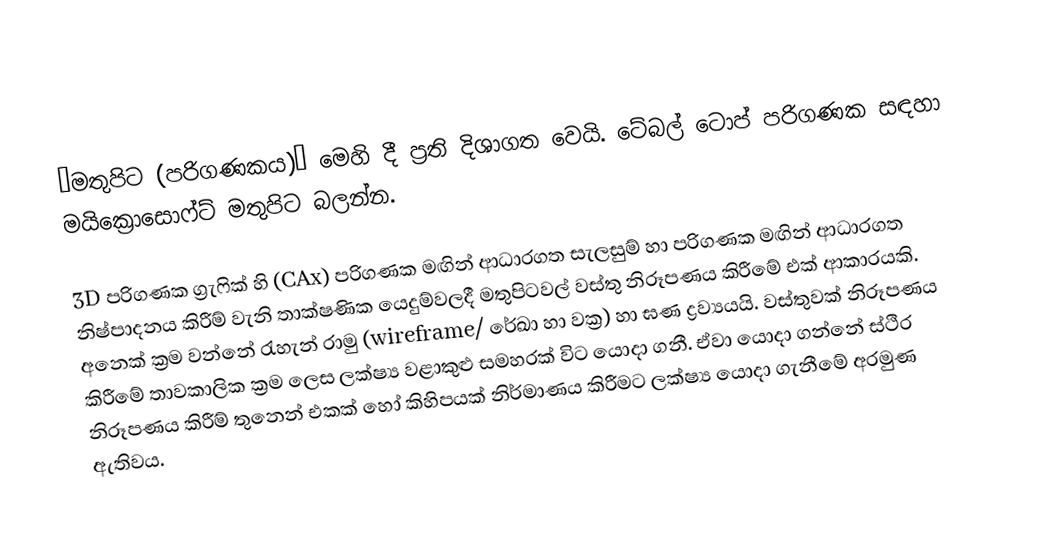
“මතුපිට (පරිගණකය)” මෙහි දී ප්‍රති දිශාගත වෙයි. ටේබල් ටොප් පරිගණක සඳහා මයික්‍රොසොෆ්ට් මතුපිට බලන්න.

3D පරිගණක ග්‍රැෆික් හි (CAx) පරිගණක මඟින් ආධාරගත සැලසුම් හා පරිගණක මඟින් ආධාරගත නිෂ්පාදනය කිරීම් වැනි තාක්ෂණික යෙදුම්වලදී මතුපිටවල් වස්තු නිරූපණය කිරීමේ එක් ආකාරයකි. අනෙක් ක්‍රම වන්නේ රැහැන් රාමු (wireframe/ රේඛා හා වක්‍ර) හා ඝණ ද්‍රව්‍යයයි. වස්තුවක් නිරූපණය කිරීමේ තාවකාලික ක්‍රම ලෙස ලක්ෂ්‍ය වළාකුළු සමහරක් විට යොදා ගනී. ඒවා යොදා ගන්නේ ස්ථිර නිරූපණය කිරීම් තුනෙන් එකක් හෝ කිහිපයක් නිර්මාණය කිරීමට ලක්ෂ්‍ය යොදා ගැනීමේ අරමුණ ඇතිවය.